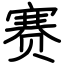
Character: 赛